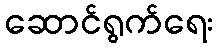
ဆောင်ရွက်ရေး